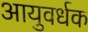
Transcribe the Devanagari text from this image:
आयुवर्धक